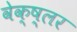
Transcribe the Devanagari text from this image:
वेक्ष्लर